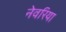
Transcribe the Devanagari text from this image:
नेवरिया